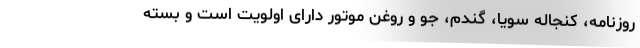
روزنامه، کنجاله سویا، گندم، جو و روغن موتور دارای اولویت است و بسته